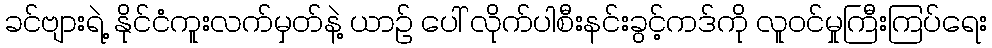
ခင်ဗျားရဲ့ နိုင်ငံကူးလက်မှတ်နဲ့ ယာဉ် ပေါ် လိုက်ပါစီးနင်းခွင့်ကဒ်ကို လူဝင်မှုကြီးကြပ်ရေး